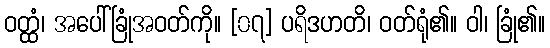
ဝတ္ထံ၊ အပေါ်ခြုံအဝတ်ကို။ [၀၇] ပရိဒဟတိ၊ ဝတ်ရုံ၏။ ဝါ၊ ခြုံ၏။